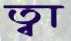
ত্বা